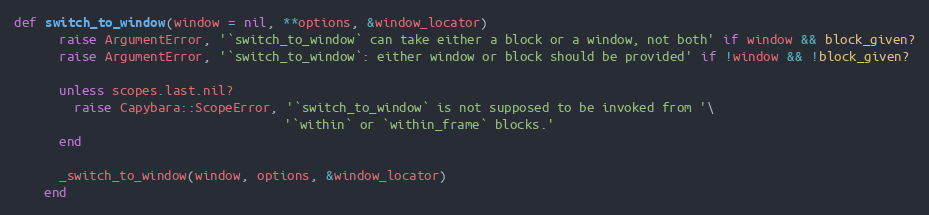
Language: Ruby
def switch_to_window(window = nil, **options, &window_locator)
      raise ArgumentError, '`switch_to_window` can take either a block or a window, not both' if window && block_given?
      raise ArgumentError, '`switch_to_window`: either window or block should be provided' if !window && !block_given?

      unless scopes.last.nil?
        raise Capybara::ScopeError, '`switch_to_window` is not supposed to be invoked from '\
                                    '`within` or `within_frame` blocks.'
      end

      _switch_to_window(window, options, &window_locator)
    end